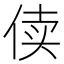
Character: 𰂏